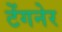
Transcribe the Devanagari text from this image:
टेंगनेर